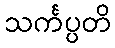
သင်္ကပ္ပတိ